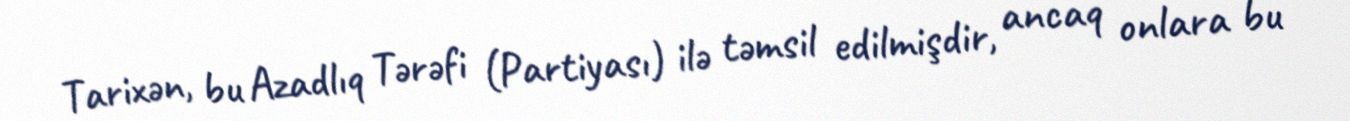
Tarixən, bu Azadlıq Tərəfi (Partiyası) ilə təmsil edilmişdir, ancaq onlara bu